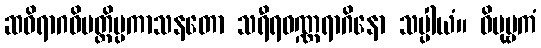
ဆဝိရာဂဝိပတ္တိပ္ပကာသနတော သရီရဝဏ္ဏရာဂိနော သပ္ပါယံ။ ဝိပုဗ္ဗကံ